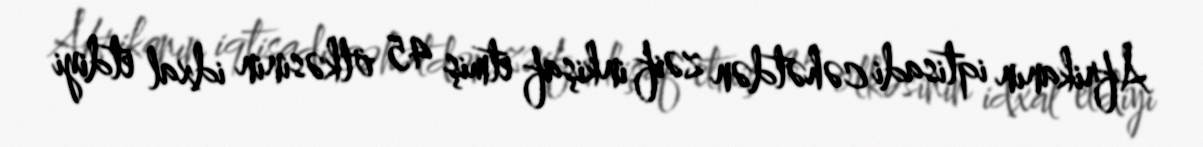
Afrikanın iqtisadi cəhətdən zəif inkişaf etmiş 45 ölkəsinin idxal etdiyi